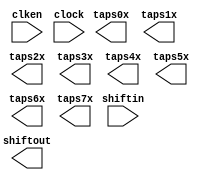
// megafunction wizard: %Shift register (RAM-based)%VBB%
// GENERATION: STANDARD
// VERSION: WM1.0
// MODULE: altshift_taps 

// ============================================================
// Megafunction Name(s):
// 			altshift_taps
//
// Simulation Library Files(s):
// 			altera_mf
// ============================================================
// ************************************************************
// THIS IS A WIZARD-GENERATED FILE. DO NOT EDIT THIS FILE!
//
// 8.1 Build 163 10/28/2008 SJ Full Version
// ************************************************************

//Copyright (C) 1991-2008 Altera Corporation
//Your use of Altera Corporation's design tools, logic functions 
//and other software and tools, and its AMPP partner logic 
//functions, and any output files from any of the foregoing 
//(including device programming or simulation files), and any 
//associated documentation or information are expressly subject 
//to the terms and conditions of the Altera Program License 
//Subscription Agreement, Altera MegaCore Function License 
//Agreement, or other applicable license agreement, including, 
//without limitation, that your use is for the sole purpose of 
//programming logic devices manufactured by Altera and sold by 
//Altera or its authorized distributors.  Please refer to the 
//applicable agreement for further details.

module shift_ram (
	clken,
	clock,
	shiftin,
	shiftout,
	taps0x,
	taps1x,
	taps2x,
	taps3x,
	taps4x,
	taps5x,
	taps6x,
	taps7x);

	input	  clken;
	input	  clock;
	input	[3:0]  shiftin;
	output	[3:0]  shiftout;
	output	[3:0]  taps0x;
	output	[3:0]  taps1x;
	output	[3:0]  taps2x;
	output	[3:0]  taps3x;
	output	[3:0]  taps4x;
	output	[3:0]  taps5x;
	output	[3:0]  taps6x;
	output	[3:0]  taps7x;

endmodule

// ============================================================
// CNX file retrieval info
// ============================================================
// Retrieval info: PRIVATE: ACLR NUMERIC "0"
// Retrieval info: PRIVATE: CLKEN NUMERIC "1"
// Retrieval info: PRIVATE: GROUP_TAPS NUMERIC "1"
// Retrieval info: PRIVATE: INTENDED_DEVICE_FAMILY STRING "Cyclone"
// Retrieval info: PRIVATE: NUMBER_OF_TAPS NUMERIC "8"
// Retrieval info: PRIVATE: RAM_BLOCK_TYPE NUMERIC "1"
// Retrieval info: PRIVATE: SYNTH_WRAPPER_GEN_POSTFIX STRING "0"
// Retrieval info: PRIVATE: TAP_DISTANCE NUMERIC "4"
// Retrieval info: PRIVATE: WIDTH NUMERIC "4"
// Retrieval info: CONSTANT: LPM_HINT STRING "RAM_BLOCK_TYPE=M4K"
// Retrieval info: CONSTANT: LPM_TYPE STRING "altshift_taps"
// Retrieval info: CONSTANT: NUMBER_OF_TAPS NUMERIC "8"
// Retrieval info: CONSTANT: TAP_DISTANCE NUMERIC "4"
// Retrieval info: CONSTANT: WIDTH NUMERIC "4"
// Retrieval info: USED_PORT: clken 0 0 0 0 INPUT VCC clken
// Retrieval info: USED_PORT: clock 0 0 0 0 INPUT NODEFVAL clock
// Retrieval info: USED_PORT: shiftin 0 0 4 0 INPUT NODEFVAL shiftin[3..0]
// Retrieval info: USED_PORT: shiftout 0 0 4 0 OUTPUT NODEFVAL shiftout[3..0]
// Retrieval info: USED_PORT: taps0x 0 0 4 0 OUTPUT NODEFVAL taps0x[3..0]
// Retrieval info: USED_PORT: taps1x 0 0 4 0 OUTPUT NODEFVAL taps1x[3..0]
// Retrieval info: USED_PORT: taps2x 0 0 4 0 OUTPUT NODEFVAL taps2x[3..0]
// Retrieval info: USED_PORT: taps3x 0 0 4 0 OUTPUT NODEFVAL taps3x[3..0]
// Retrieval info: USED_PORT: taps4x 0 0 4 0 OUTPUT NODEFVAL taps4x[3..0]
// Retrieval info: USED_PORT: taps5x 0 0 4 0 OUTPUT NODEFVAL taps5x[3..0]
// Retrieval info: USED_PORT: taps6x 0 0 4 0 OUTPUT NODEFVAL taps6x[3..0]
// Retrieval info: USED_PORT: taps7x 0 0 4 0 OUTPUT NODEFVAL taps7x[3..0]
// Retrieval info: CONNECT: @shiftin 0 0 4 0 shiftin 0 0 4 0
// Retrieval info: CONNECT: shiftout 0 0 4 0 @shiftout 0 0 4 0
// Retrieval info: CONNECT: taps0x 0 0 4 0 @taps 0 0 4 0
// Retrieval info: CONNECT: taps1x 0 0 4 0 @taps 0 0 4 4
// Retrieval info: CONNECT: taps2x 0 0 4 0 @taps 0 0 4 8
// Retrieval info: CONNECT: taps3x 0 0 4 0 @taps 0 0 4 12
// Retrieval info: CONNECT: taps4x 0 0 4 0 @taps 0 0 4 16
// Retrieval info: CONNECT: taps5x 0 0 4 0 @taps 0 0 4 20
// Retrieval info: CONNECT: taps6x 0 0 4 0 @taps 0 0 4 24
// Retrieval info: CONNECT: taps7x 0 0 4 0 @taps 0 0 4 28
// Retrieval info: CONNECT: @clock 0 0 0 0 clock 0 0 0 0
// Retrieval info: CONNECT: @clken 0 0 0 0 clken 0 0 0 0
// Retrieval info: LIBRARY: altera_mf altera_mf.altera_mf_components.all
// Retrieval info: GEN_FILE: TYPE_NORMAL shift_ram.v TRUE
// Retrieval info: GEN_FILE: TYPE_NORMAL shift_ram.inc FALSE
// Retrieval info: GEN_FILE: TYPE_NORMAL shift_ram.cmp FALSE
// Retrieval info: GEN_FILE: TYPE_NORMAL shift_ram.bsf TRUE FALSE
// Retrieval info: GEN_FILE: TYPE_NORMAL shift_ram_inst.v FALSE
// Retrieval info: GEN_FILE: TYPE_NORMAL shift_ram_bb.v TRUE
// Retrieval info: GEN_FILE: TYPE_NORMAL shift_ram_waveforms.html TRUE
// Retrieval info: GEN_FILE: TYPE_NORMAL shift_ram_wave*.jpg FALSE
// Retrieval info: LIB_FILE: altera_mf